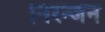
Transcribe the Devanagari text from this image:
निरन्जन